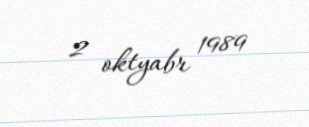
2 oktyabr 1989